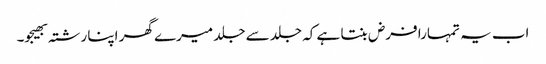
اب یہ تمہارا فرض بنتا ہے کہ جلد سے جلد میرے گھر اپنا رشتہ بھیجو۔